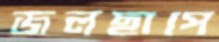
জলছাপে